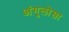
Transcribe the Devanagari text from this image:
अंगुलोसा